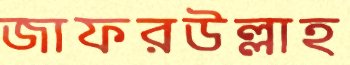
জাফরউল্লাহ